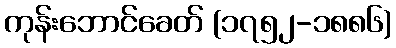
ကုန်းဘောင်ခေတ် (၁၇၅၂-၁၈၈၆)